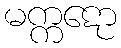
မက္ကဋော